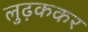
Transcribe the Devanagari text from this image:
लुढ़ककर